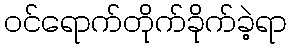
ဝင်ရောက်တိုက်ခိုက်ခဲ့ရာ